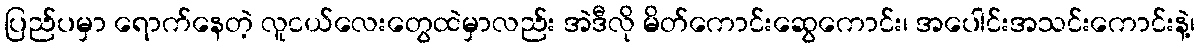
ပြည်ပမှာ ရောက်နေတဲ့ လူငယ်လေးတွေထဲမှာလည်း အဲဒီလို မိတ်ကောင်းဆွေကောင်း၊ အပေါင်းအသင်းကောင်းနဲ့၊